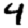
Digit: 4